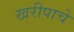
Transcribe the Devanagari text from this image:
खरीपाचे